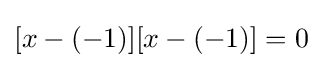
[x-(-1)][x-(-1)]=0